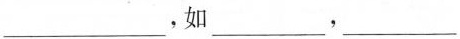
___，如___，___